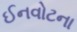
ઈનવોટના